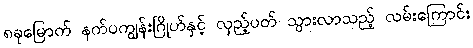
၈ခုမြောက် နက်ပကျွန်းဂြိုဟ်နှင့် လှည့်ပတ် သွားလာသည့် လမ်းကြောင်း